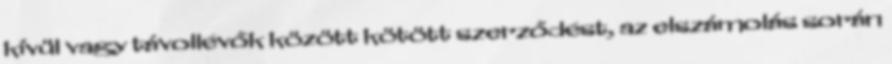
kívül vagy távollévők között kötött szerződést, az elszámolás során